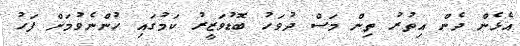
އެޅެން ދެން އިތުރު ތިން މަސް ދުވަހު ބޮޑުވަޒީރު ކަމުގައި ހުންނެވުމަށް ފަހު